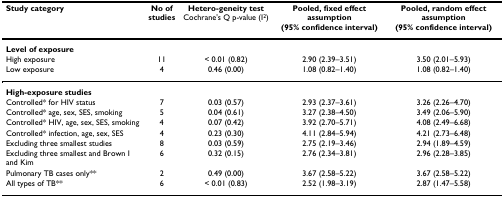
<table><thead><tr><td><b>Study category</b></td><td><b>No of studies</b></td><td><b>Hetero-geneity test Cochrane&#x27;s Q p-value (I<sup>2</sup>)</b></td><td><b>Pooled, fixed effect assumption(95% confidence interval)</b></td><td><b>Pooled, random effect assumption(95% confidence interval)</b></td></tr></thead><tbody><tr><td><b>Level of exposure</b></td><td></td><td></td><td></td><td></td></tr><tr><td>High exposure</td><td>11</td><td>&lt; 0.01 (0.82)</td><td>2.90 (2.39–3.51)</td><td>3.50 (2.01–5.93)</td></tr><tr><td>Low exposure</td><td>4</td><td>0.46 (0.00)</td><td>1.08 (0.82–1.40)</td><td>1.08 (0.82–1.40)</td></tr><tr><td><b>High-exposure studies</b></td><td></td><td></td><td></td><td></td></tr><tr><td>Controlled* for HIV status</td><td>7</td><td>0.03 (0.57)</td><td>2.93 (2.37–3.61)</td><td>3.26 (2.26–4.70)</td></tr><tr><td>Controlled* age, sex, SES, smoking</td><td>5</td><td>0.04 (0.61)</td><td>3.27 (2.38–4.50)</td><td>3.49 (2.06–5.90)</td></tr><tr><td>Controlled* HIV, age, sex, SES, smoking</td><td>4</td><td>0.07 (0.42)</td><td>3.92 (2.70–5.71)</td><td>4.08 (2.49–6.68)</td></tr><tr><td>Controlled* infection, age, sex, SES</td><td>4</td><td>0.23 (0.30)</td><td>4.11 (2.84–5.94)</td><td>4.21 (2.73–6.48)</td></tr><tr><td>Excluding three smallest studies</td><td>8</td><td>0.03 (0.59)</td><td>2.75 (2.19–3.46)</td><td>2.94 (1.89–4.59)</td></tr><tr><td>Excluding three smallest and Brown I and Kim</td><td>6</td><td>0.32 (0.15)</td><td>2.76 (2.34–3.81)</td><td>2.96 (2.28–3.85)</td></tr><tr><td>Pulmonary TB cases only**</td><td>2</td><td>0.49 (0.00)</td><td>3.67 (2.58–5.22)</td><td>3.67 (2.58–5.22)</td></tr><tr><td>All types of TB**</td><td>6</td><td>&lt; 0.01 (0.83)</td><td>2.52 (1.98–3.19)</td><td>2.87 (1.47–5.58)</td></tr></tbody></table>